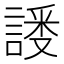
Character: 𬢸